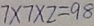
7 \times 7 \times 2 = 9 8